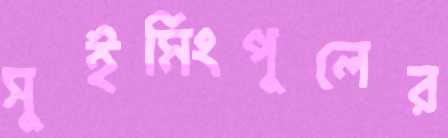
সুইমিংপুলের